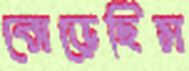
ঝেড়েছিস